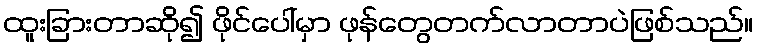
ထူးခြားတာဆို၍ ဖိုင်ပေါ်မှာ ဖုန်တွေတက်လာတာပဲဖြစ်သည်။